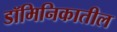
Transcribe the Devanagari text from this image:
डॉमिनिकातील